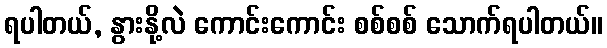
ရပါတယ်, နွားနို့လဲ ကောင်းကောင်း စစ်စစ် သောက်ရပါတယ်။